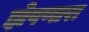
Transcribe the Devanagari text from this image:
झेपणारा